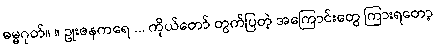
ဓမ္မဂုတ်။ ။ ဥုးဇနကရေ ... ကိုယ်တော် တွက်ပြတဲ့ အကြောင်းတွေ ကြားရတော့